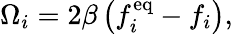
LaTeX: \Omega_{i}=2\beta\left(f_{i}^{\mathrm{eq}}-f_{i}\right),